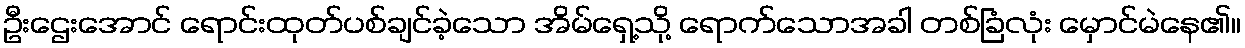
ဦးဌေးအောင် ရောင်းထုတ်ပစ်ချင်ခဲ့သော အိမ်ရှေ့သို့ ရောက်သောအခါ တစ်ခြံလုံး မှောင်မဲနေ၏။